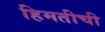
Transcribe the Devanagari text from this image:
हिमतीची